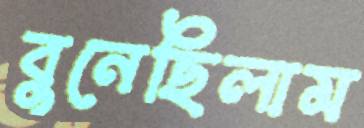
বুনেছিলাম